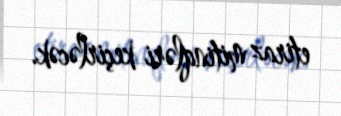
etiraz mitinqləri keçirləcək.